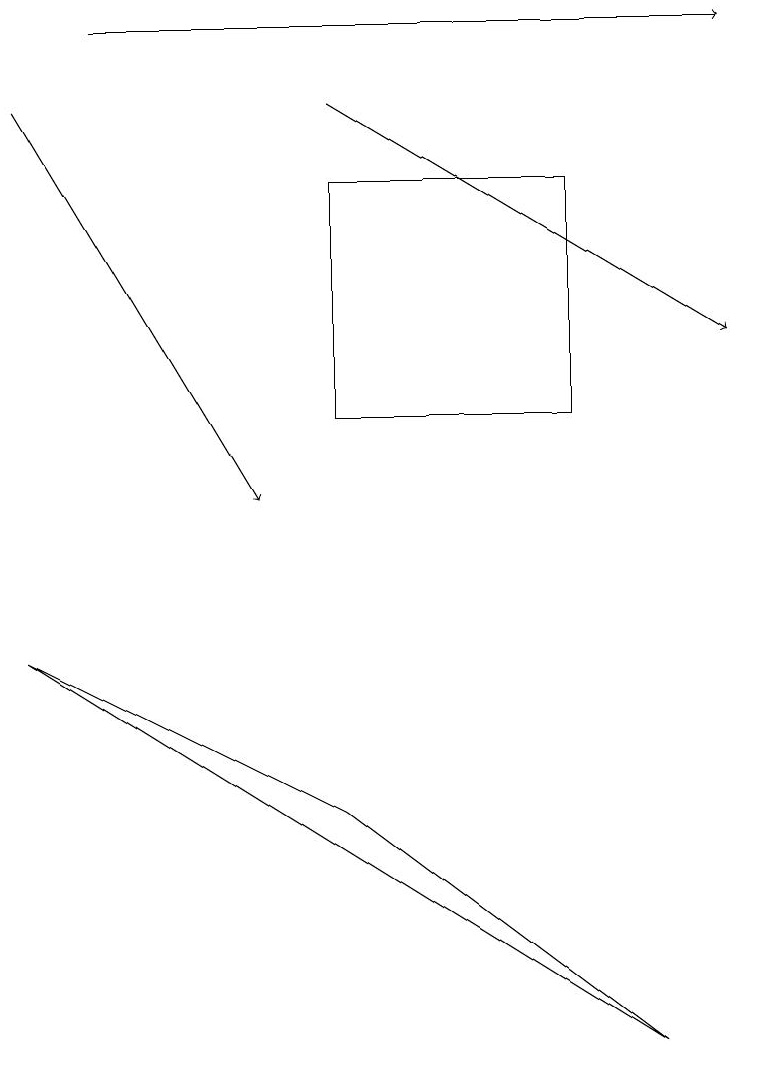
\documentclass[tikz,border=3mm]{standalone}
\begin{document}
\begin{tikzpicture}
\draw[->] (0,15) -- (3,10);
\draw (7,14) rectangle (4,11);
\draw[->] (1,16) -- (9,16);
\draw[->] (4,15) -- (9,12);
\draw (4,6) -- (0,8) -- (8,3) -- cycle;
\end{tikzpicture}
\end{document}